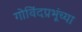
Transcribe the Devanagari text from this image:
गोविंदप्रभूंच्या